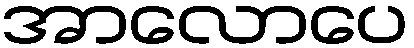
အာလောပေ